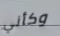
وكأني